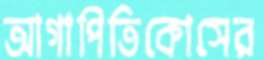
আগাপিতিকোসের